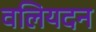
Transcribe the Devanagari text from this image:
वलियदन